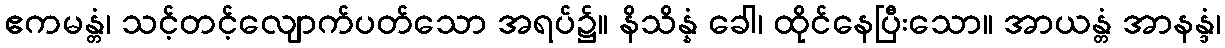
ဧကမန္တံ၊ သင့်တင့်လျောက်ပတ်သော အရပ်၌။ နိသိန္နံ ခေါ၊ ထိုင်နေပြီးသော။ အာယန္တံ အာနန္ဒံ၊